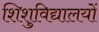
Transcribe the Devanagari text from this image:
शिशुविद्यालयों